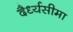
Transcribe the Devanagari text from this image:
दैर्ध्यसीमा